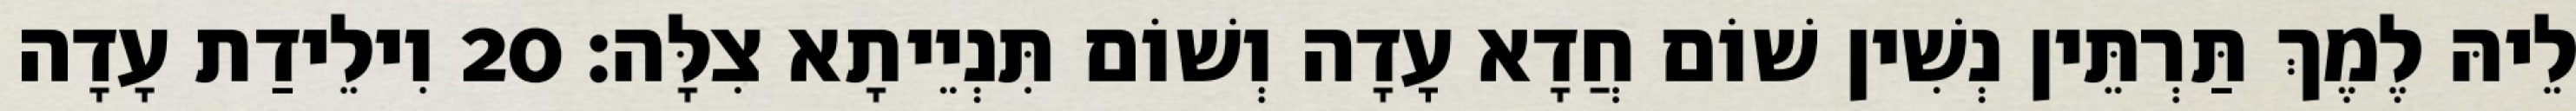
לֵיהּ לֶמֶךְ תַּרְתֵּין נְשִׁין שׁוֹם חֲדָא עָדָה וְשׁוֹם תִּנְיֵיתָא צִלָּה׃ 20 וִילֵידַת עָדָה